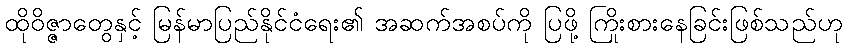
ထိုဝိဇ္ဇာတွေနှင့် မြန်မာပြည်နိုင်ငံရေး၏ အဆက်အစပ်ကို ပြဖို့ ကြိုးစားနေခြင်းဖြစ်သည်ဟု